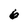
Character: 6